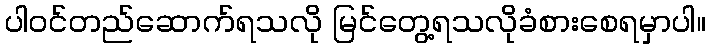
ပါဝင်တည်ဆောက်ရသလို မြင်တွေ့ရသလိုခံစားစေရမှာပါ။